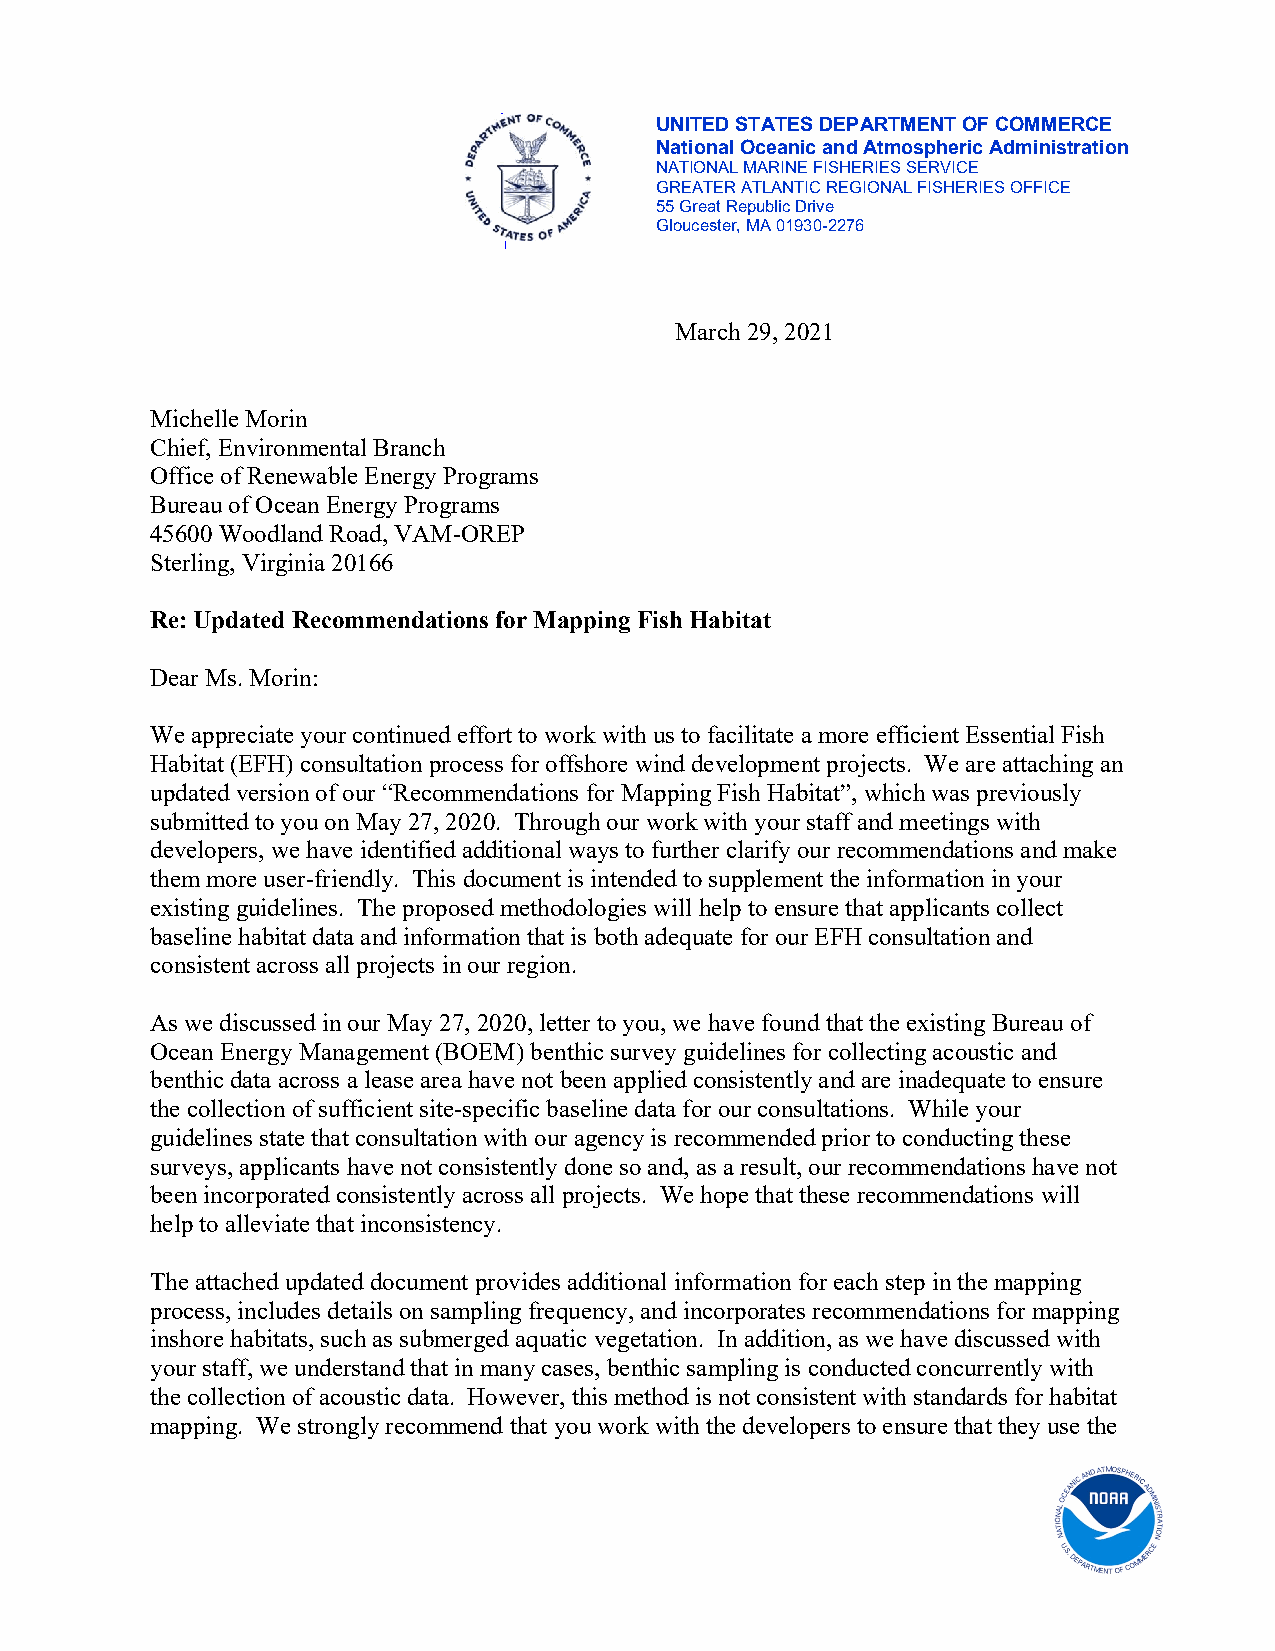
UNITED STATES DEPARTMENT OF COMMERCE
 National Oceanic and Atmospheric Administration
 NATIONAL MARINE FISHERIES SERVICE
 GREATER ATLANTIC REGIONAL FISHERIES OFFICE
 55 Great Republic Drive
 Gloucester, MA 01930-2276
 March 29, 2021
 Michelle Morin
 Chief, Environmental Branch
 Office of Renewable Energy Programs
 Bureau of Ocean Energy Programs
 45600 Woodland Road, VAM-OREP
 Sterling, Virginia 20166
 Re: Updated Recommendations for Mapping Fish Habitat
 Dear Ms. Morin:
 We appreciate your continued effort to work with us to facilitate a more efficient Essential Fish
 Habitat (EFH) consultation process for offshore wind development projects. We are attaching an
 updated version of our “Recommendations for Mapping Fish Habitat”, which was previously
 submitted to you on May 27, 2020. Through our work with your staff and meetings with
 developers, we have identified additional ways to further clarify our recommendations and make
 them more user-friendly. This document is intended to supplement the information in your
 existing guidelines. The proposed methodologies will help to ensure that applicants collect
 baseline habitat data and information that is both adequate for our EFH consultation and
 consistent across all projects in our region.
 As we discussed in our May 27, 2020, letter to you, we have found that the existing Bureau of
 Ocean Energy Management (BOEM) benthic survey guidelines for collecting acoustic and
 benthic data across a lease area have not been applied consistently and are inadequate to ensure
 the collection of sufficient site-specific baseline data for our consultations. While your
 guidelines state that consultation with our agency is recommended prior to conducting these
 surveys, applicants have not consistently done so and, as a result, our recommendations have not
 been incorporated consistently across all projects. We hope that these recommendations will
 help to alleviate that inconsistency.
 The attached updated document provides additional information for each step in the mapping
 process, includes details on sampling frequency, and incorporates recommendations for mapping
 inshore habitats, such as submerged aquatic vegetation. In addition, as we have discussed with
 your staff, we understand that in many cases, benthic sampling is conducted concurrently with
 the collection of acoustic data. However, this method is not consistent with standards for habitat
 mapping. We strongly recommend that you work with the developers to ensure that they use the